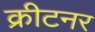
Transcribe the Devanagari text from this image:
क्रीटनर